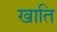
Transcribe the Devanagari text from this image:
खाति